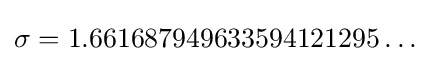
\sigma =1.661687949633594121295\dots \;